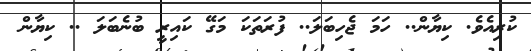
ކުރިއެވެ. ކިޔާން.. ހަމަ ޖެހިބަލަ.. ފުރަތަކަ މަގޭ ކައިރީ ބުނެބަލަ .. ކިޔާން